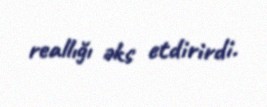
reallığı əks etdirirdi.